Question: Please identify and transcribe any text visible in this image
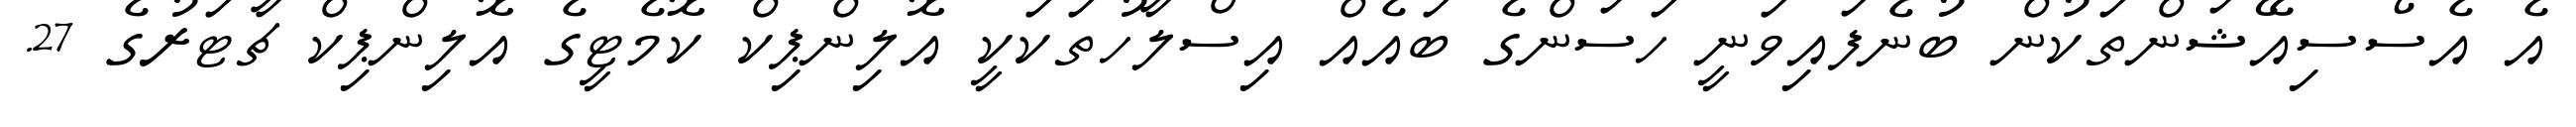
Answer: އެ އެސޯސިއޭޝަންތަކުން ބުނެފައިވަނީ ހަސަންގެ ބައެއް އިސްލާހުތަކަކީ އޮލިންޕިކް ކޮމެޓީގެ އޮލިންޕިކް ޗާޓަރުގެ 27.